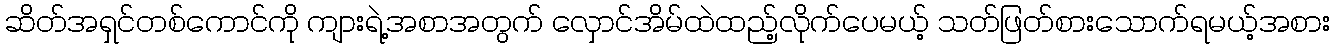
ဆိတ်အရှင်တစ်ကောင်ကို ကျားရဲ့အစာအတွက် လှောင်အိမ်ထဲထည့်လိုက်ပေမယ့် သတ်ဖြတ်စားသောက်ရမယ့်အစား